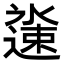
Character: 𬩏